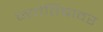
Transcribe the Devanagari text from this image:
ज्योतिषावर